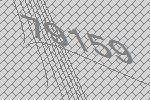
79159